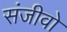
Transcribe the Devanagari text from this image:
संजीवो